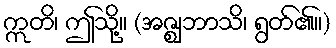
ဣတိ၊ ဤသို့။ (အဇ္ဈဘာသိ၊ ရွတ်၏။)